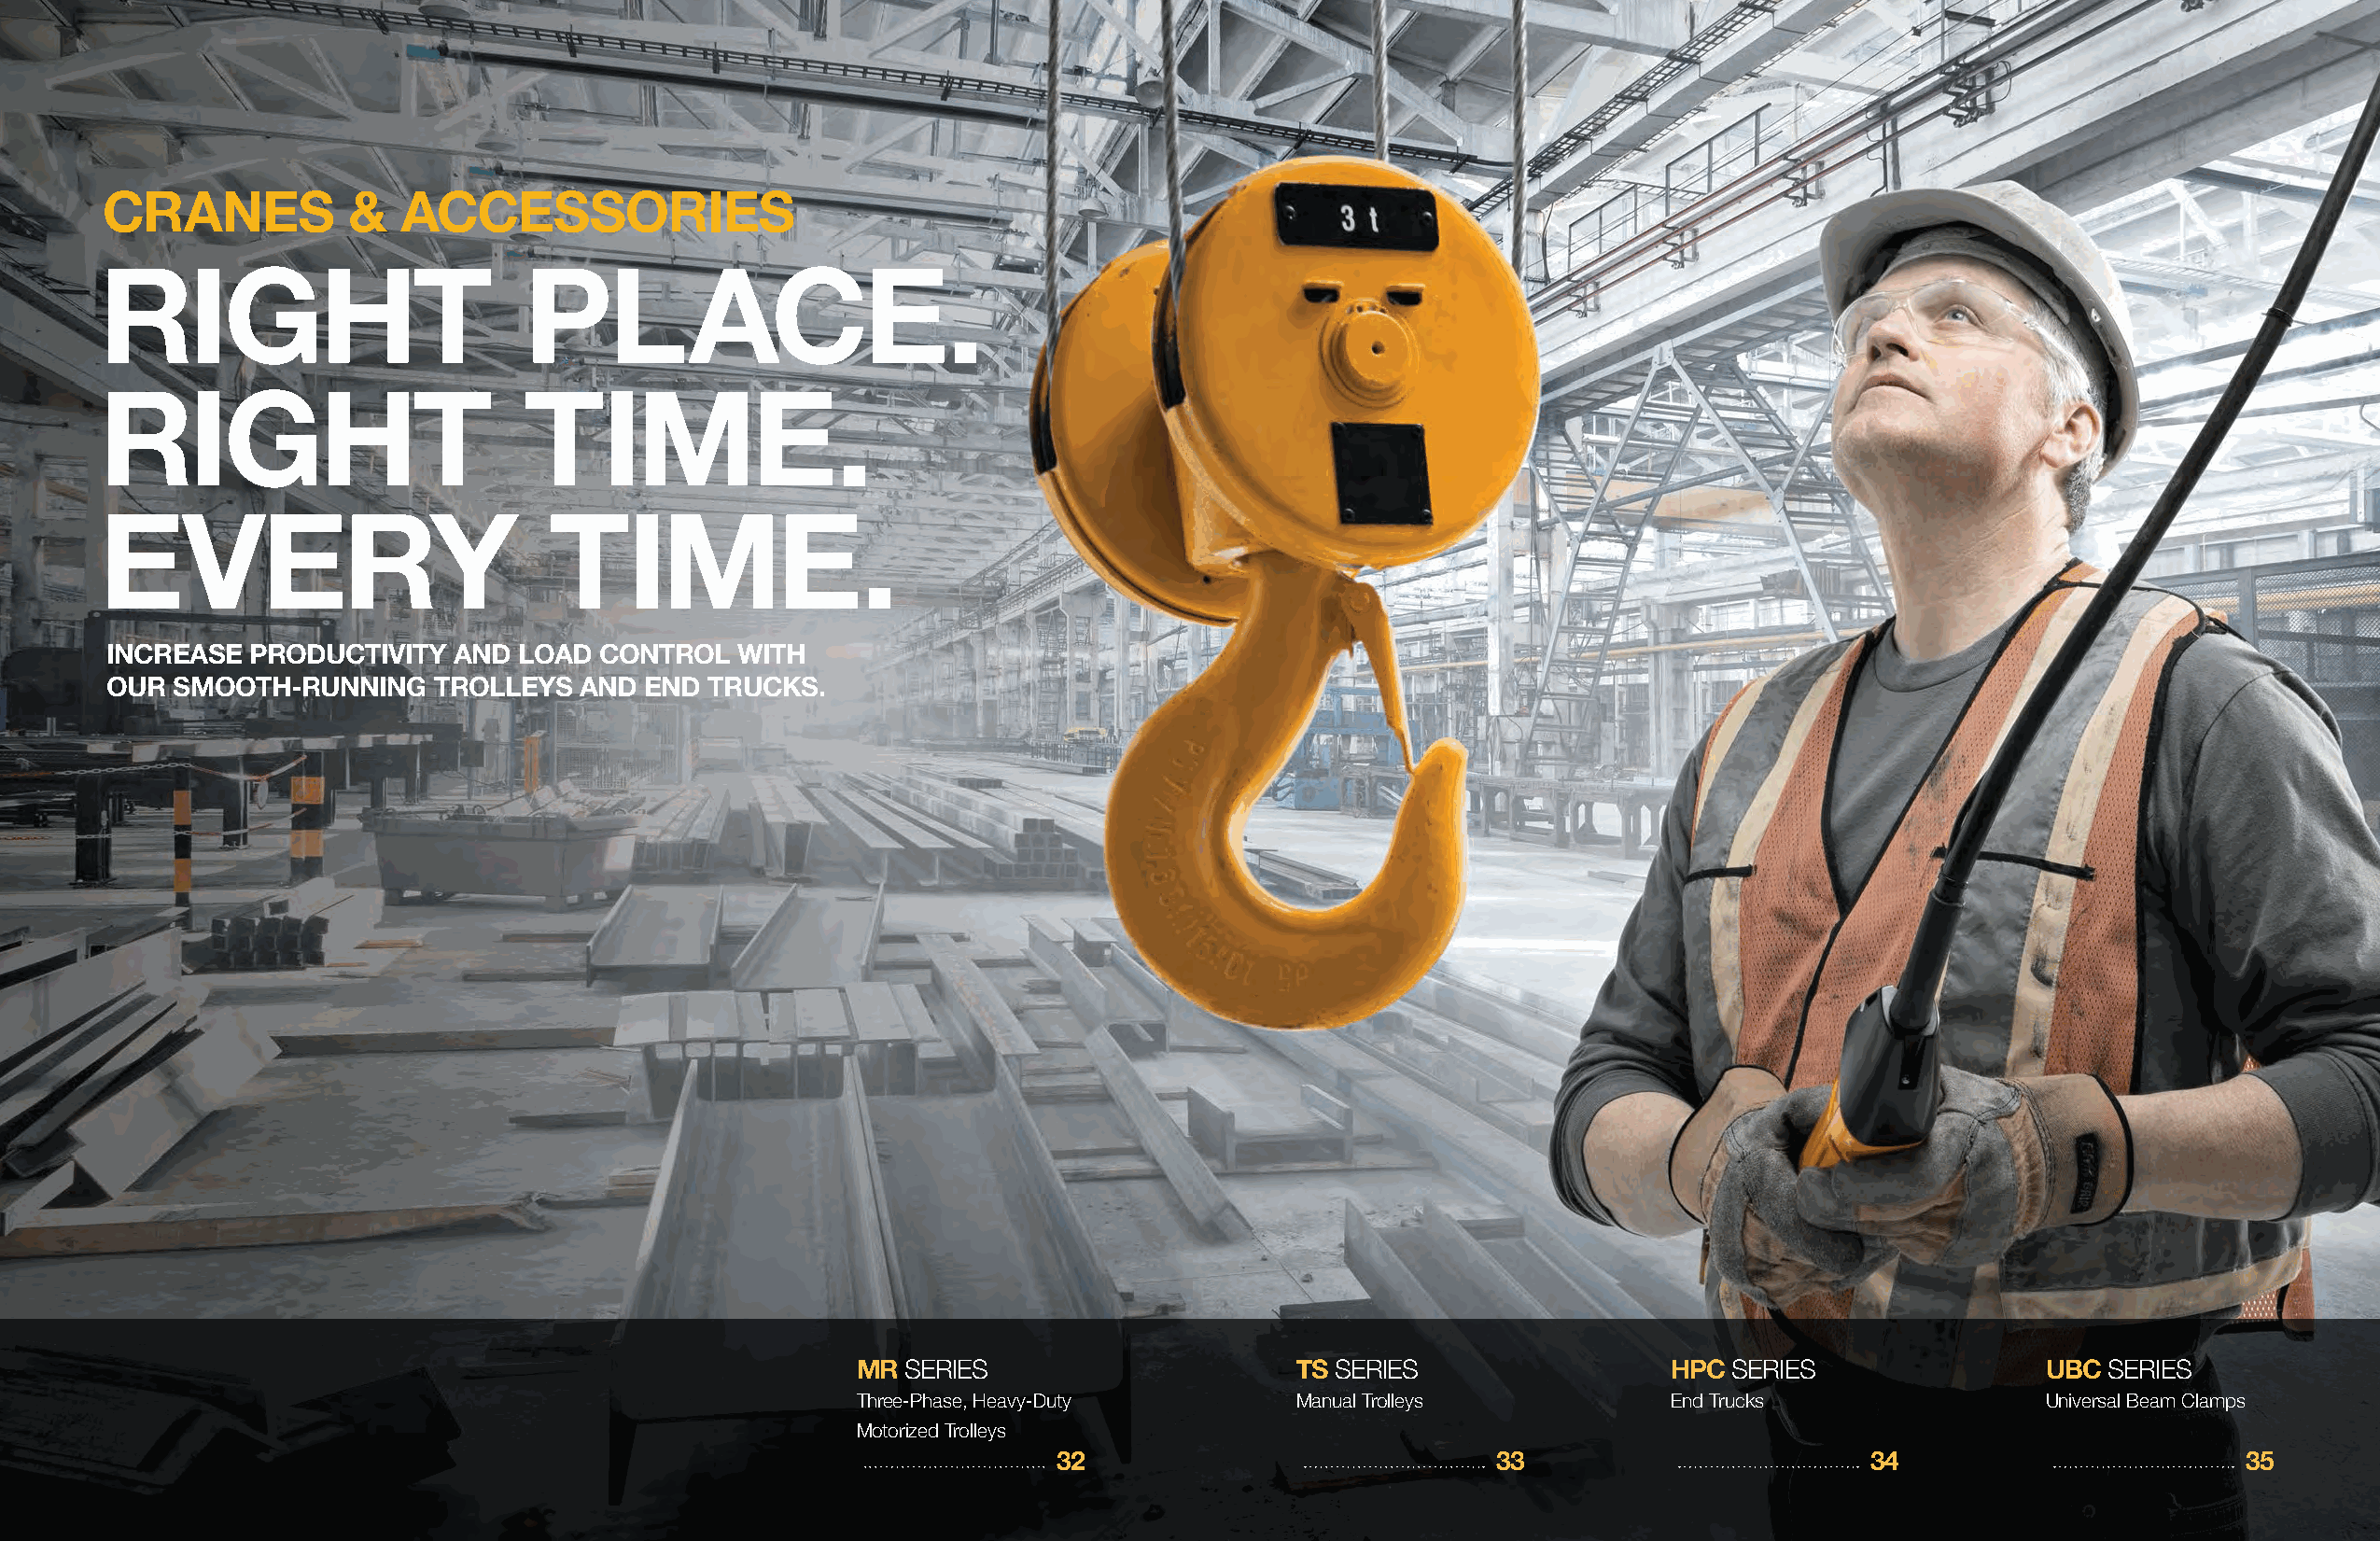
CRANES            &  ACCESSORIES
 RIGHT                         PLACE.
 RIGHT                         TIME.
 EVERY                           TIME.
 INCREASE  PRODUCTIVITY  AND  LOAD CONTROL   WITH
 OUR SMOOTH-RUNNING     TROLLEYS  AND  END TRUCKS.
 MR SERIES                      TS SERIES                  HPC SERIES                UBC  SERIES
 Three-Phase, Heavy-Duty        Manual Trolleys            End Trucks                Universal Beam Clamps
 Motorized Trolleys
 32                             33                         34                        35